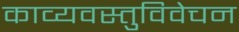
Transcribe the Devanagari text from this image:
काव्यवस्तुविवेचन